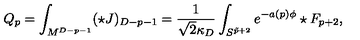
Q _ { p } = \int _ { M ^ { D - p - 1 } } ( \star J ) _ { D - p - 1 } = { \frac { 1 } { \sqrt { 2 } \kappa _ { D } } } \int _ { S ^ { \tilde { p } + 2 } } e ^ { - a ( p ) \phi } \star F _ { p + 2 } ,